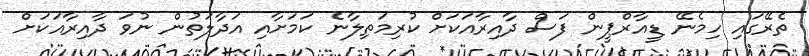
ތެރޭގައި ހިމެނޭ ޑީއާރްޕީން ފަސް ދާއިރާއަކަށް ކުރިމަތިލާނެ ކަމަށާއި އަދާލަތުން ނުވަ ދާއިރާއަކަށް